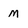
Character: M